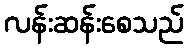
လန်းဆန်းစေသည်